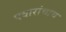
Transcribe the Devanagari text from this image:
पवारांचाच